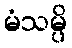
မံသမ္ပိ